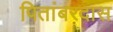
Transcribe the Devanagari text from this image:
पितांबरदास